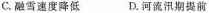
C.融雪速度降低 D.河流汛期提前